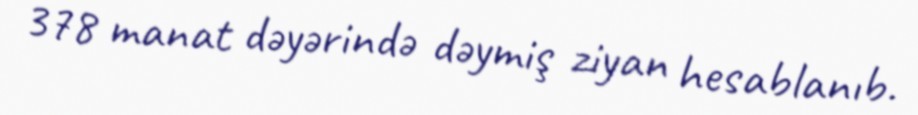
378 manat dəyərində dəymiş ziyan hesablanıb.